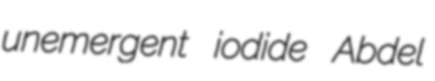
unemergent iodide Abdel